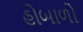
હોબાળો